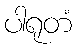
ပါရုတံ